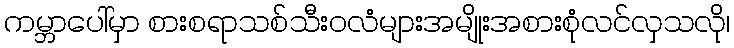
ကမ္ဘာပေါ်မှာ စားစရာသစ်သီးဝလံများအမျိုးအစားစုံလင်လှသလို၊